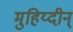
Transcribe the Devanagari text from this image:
मुहिय्दीन्